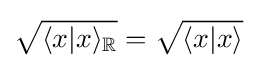
{\sqrt {\langle x|x\rangle _{\mathbb {R} }}}={\sqrt {\langle x|x\rangle }}